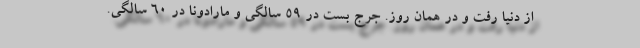
از دنیا رفت و در همان روز. جرج بست در 59 سالگی و مارادونا در 60 سالگی.